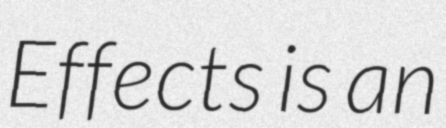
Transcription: Effects is an